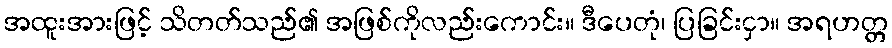
အထူးအားဖြင့် သိတတ်သည်၏ အဖြစ်ကိုလည်းကောင်း။ ဒီပေတုံ၊ ပြခြင်းငှာ။ အရဟတ္တ